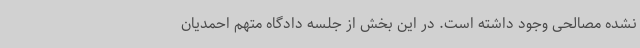
نشده مصالحی وجود داشته است. در این بخش از جلسه دادگاه متهم احمدیان